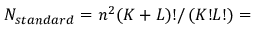
{ { N } _ { s t a n d a r d } } = { { n } ^ { 2 } } ( K + L ) ! / \left( K ! L ! \right) =